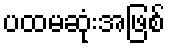
ပထမဆုံးအဖြစ်